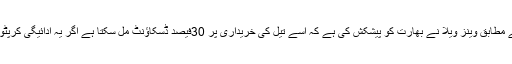
’بزنس سٹینڈرڈ‘ کے مطابق وینز ویلا نے بھارت کو پیشکش کی ہے کہ اسے تیل کی خریداری پر 30فیصد ڈسکاﺅنٹ مل سکتا ہے اگر یہ ادائیگی کرپٹو کرنسی میں کرے۔